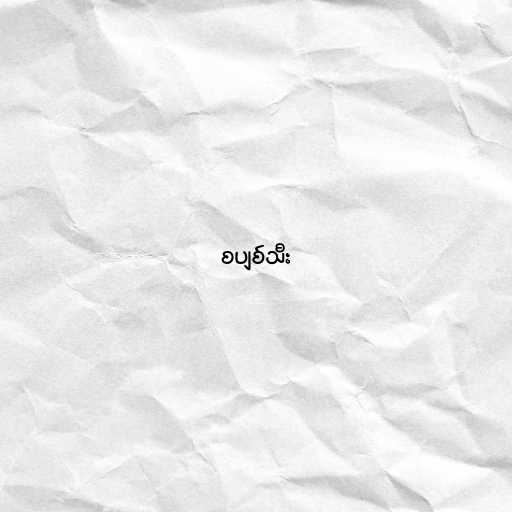
စပျစ်သီး